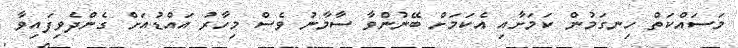
މަސައްކަތް ހިނގަމުން ކަމަށާއި އެކަމަށް ބޭނުންވާ ސާމާނު ވެސް މިހާރު އައްޑުއަށް ގެންދެވިފައިވާ